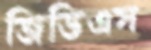
জিডিএস